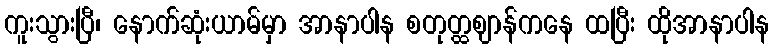
ကူးသွားပြီ၊ နောက်ဆုံးယာမ်မှာ အာနာပါန စတုတ္ထဈာန်ကနေ ထပြီး ထိုအာနာပါန